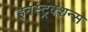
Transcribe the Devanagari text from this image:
इनस्ट्रक्शन्स